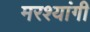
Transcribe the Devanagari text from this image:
मरश्यांगी